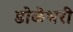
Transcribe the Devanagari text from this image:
डोळेभरी